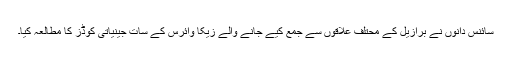
سائنس دانوں نے برازیل کے محتلف علاقوں سے جمع کیے جانے والے زیکا وائرس کے سات جینیاتی کوڈز کا مطالعہ کیا۔